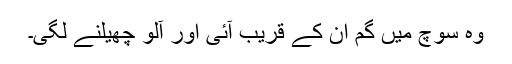
وہ سوچ میں گم ان کے قریب آئی اور آلو چھیلنے لگی۔